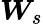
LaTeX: \boldsymbol{W}_{s}